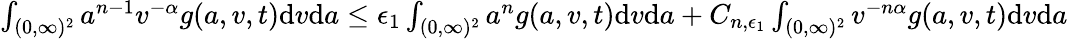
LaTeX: \begin{array}{r}{\int_{(0,\infty)^{2}}a^{n-1}v^{-\alpha}g(a,v,t)\textup{d}v\textup{d}a\leq\epsilon_{1}\int_{(0,\infty)^{2}}a^{n}g(a,v,t)\textup{d}v\textup{d}a+C_{n,\epsilon_{1}}\int_{(0,\infty)^{2}}v^{-n\alpha}g(a,v,t)\textup{d}v\textup{d}a}\end{array}